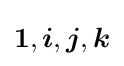
{\boldsymbol {1}},{\boldsymbol {i}},{\boldsymbol {j}},{\boldsymbol {k}}